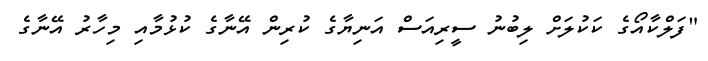
"ފަލްކާއޯގެ ކަކުލަށް ލިބުނު ސީރިއަސް އަނިޔާގެ ކުރިން އޭނާގެ ކުޅުމާއި މިހާރު އޭނާގެ